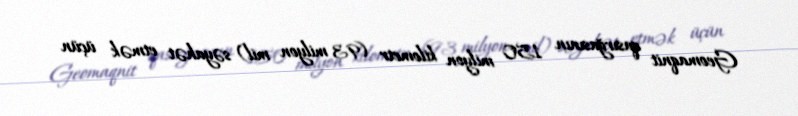
Geomaqnit qasırğasının 150 milyon kilometr (93 milyon mil) səyahət etmək üçün